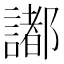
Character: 𧬥